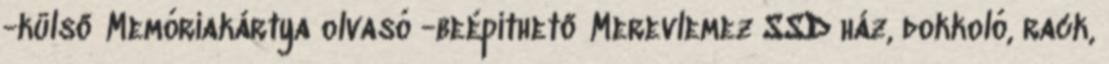
-külső Memóriakártya olvasó -beépíthető Merevlemez SSD ház, dokkoló, rack,